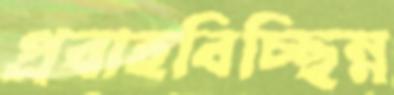
প্রবাহবিচ্ছিন্ন